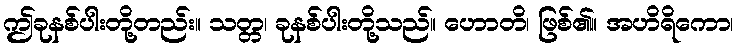
ဤခုနစ်ပါးတို့တည်း။ သတ္တ၊ ခုနစ်ပါးတို့သည်။ ဟောတိ၊ ဖြစ်၏။ အဟိရိကော၊